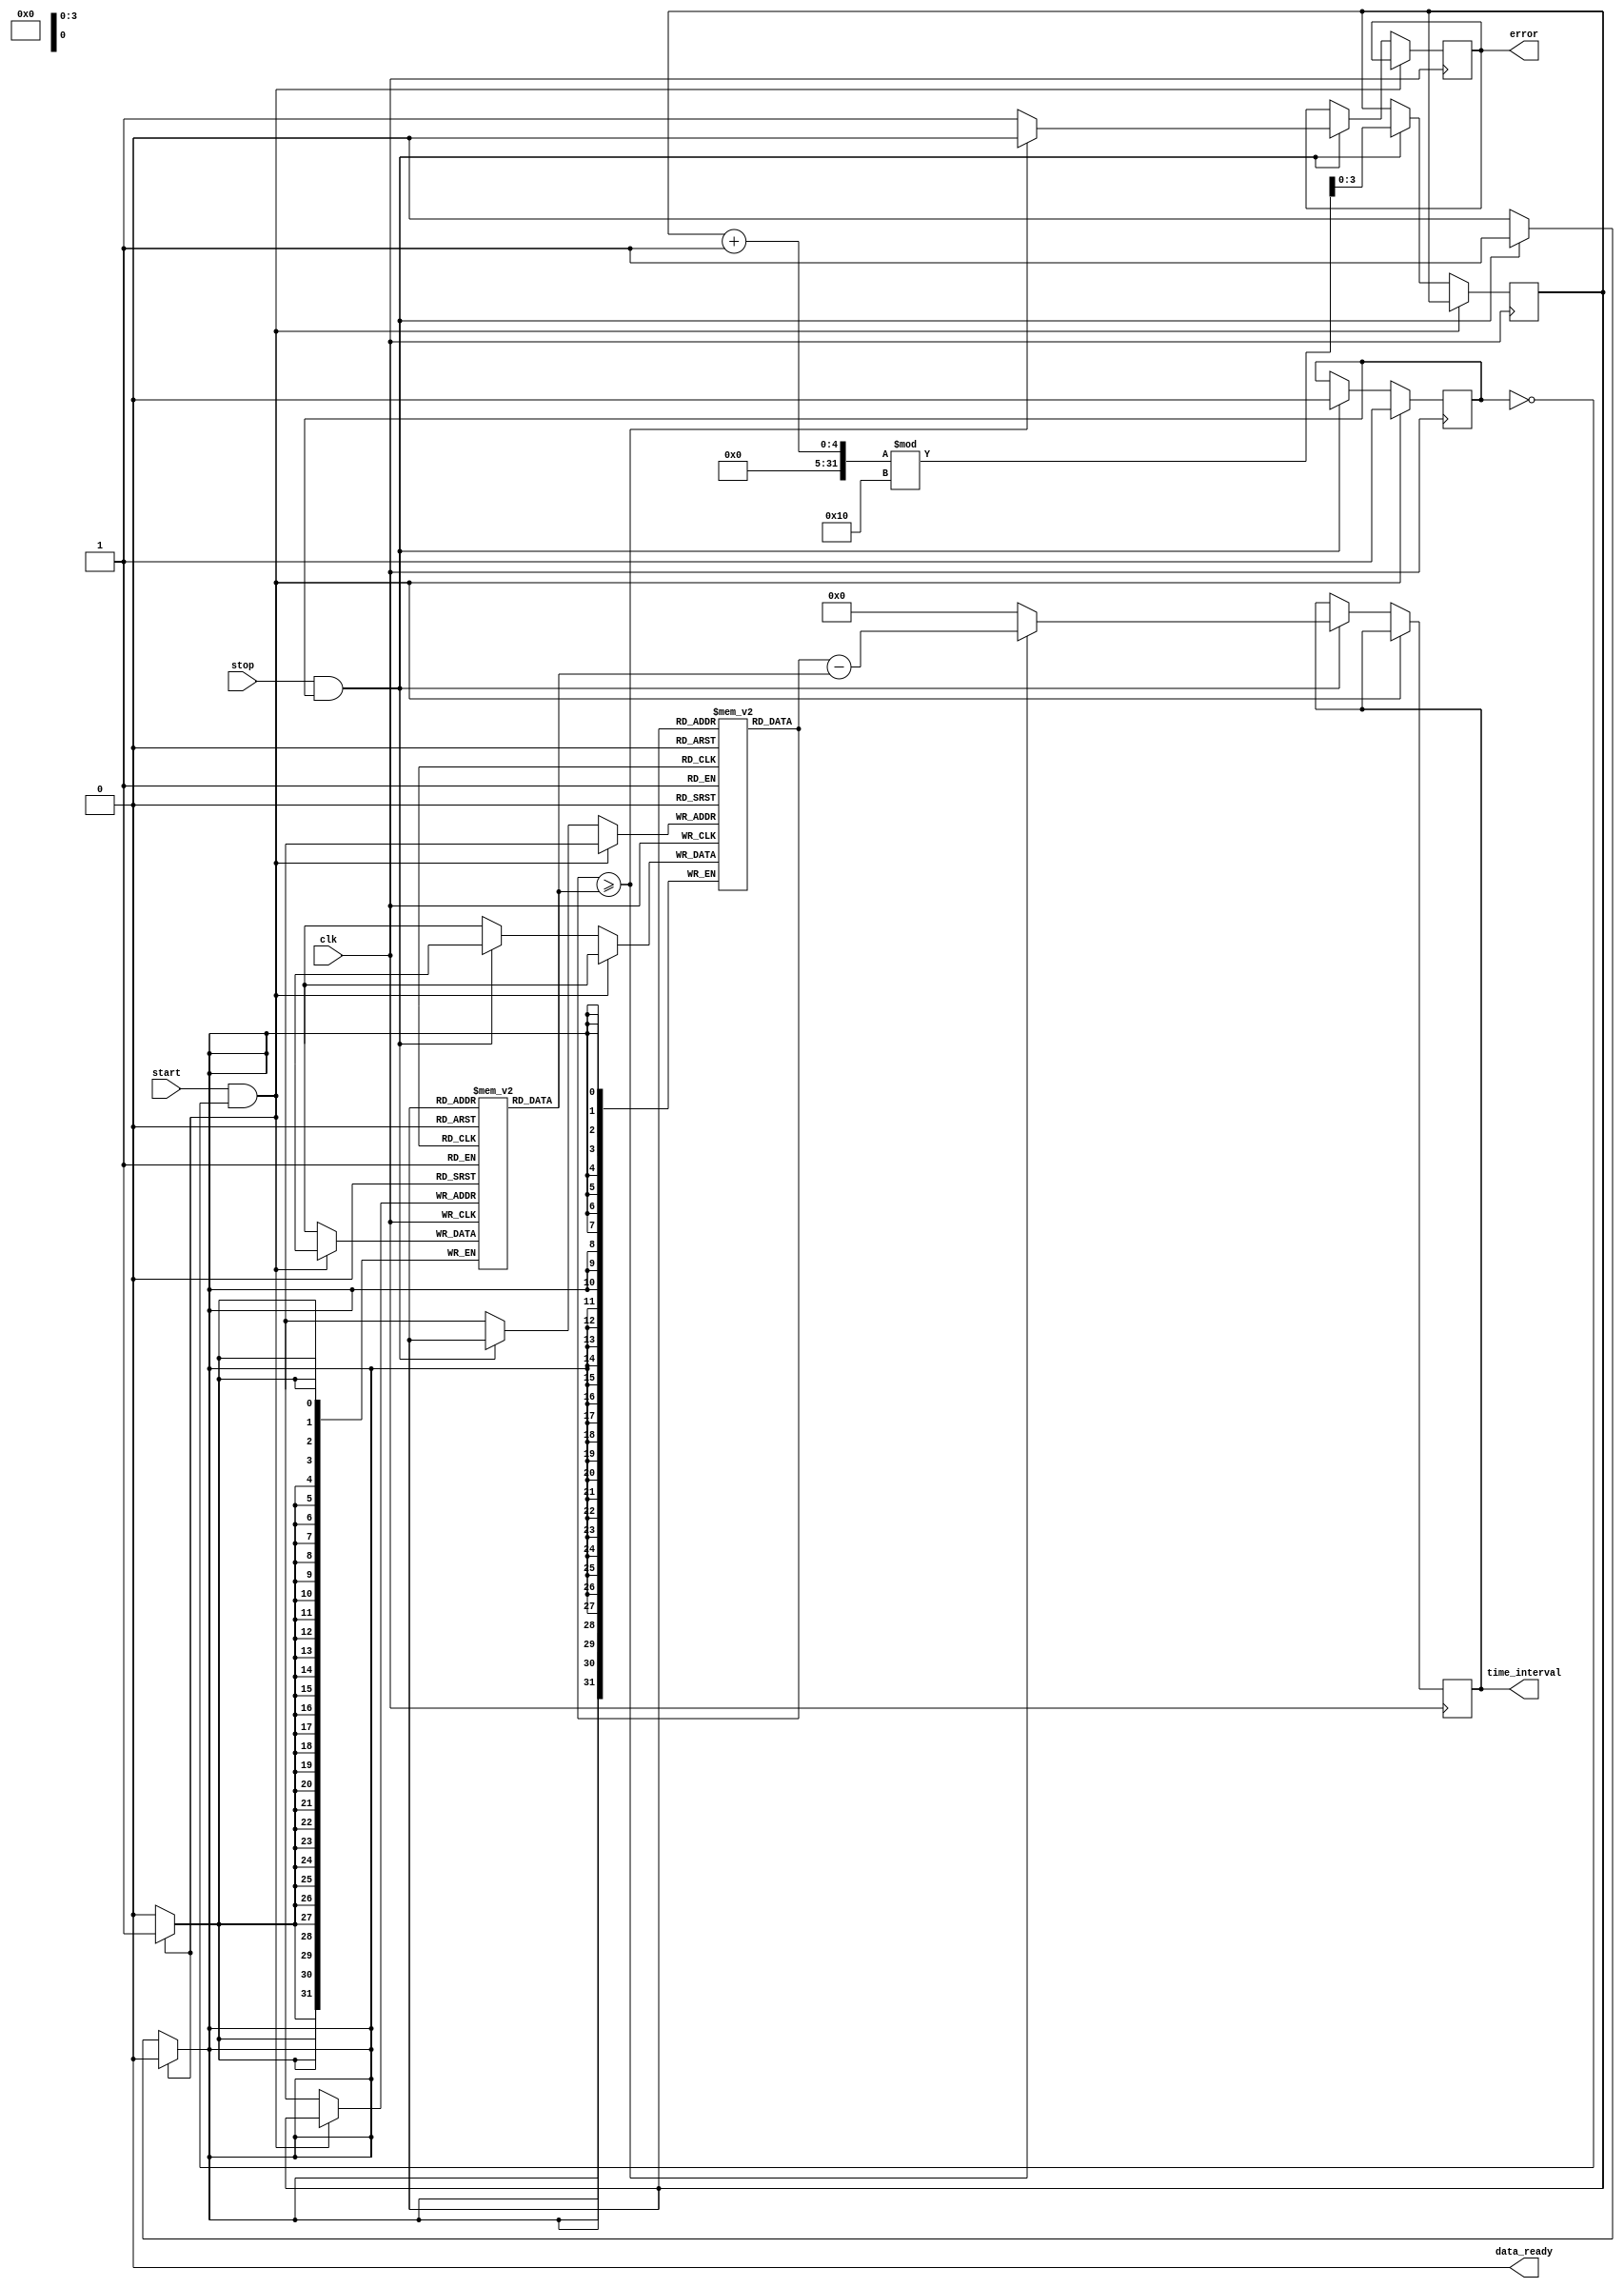
module MemoryBlocksSynchronizedTDC (
    input wire clk,               // Clock signal
    input wire start,             // Start signal
    input wire stop,              // Stop signal
    output reg [31:0] time_interval, // Output time interval
    output reg data_ready,        // Data ready signal
    output reg error              // Error signal
);

    // Parameters
    parameter MEMORY_DEPTH = 16;  // Number of memory blocks
    parameter TIMESTAMP_WIDTH = 32; // Width of timestamp

    // Memory blocks to store timestamps
    reg [TIMESTAMP_WIDTH-1:0] memory_start [0:MEMORY_DEPTH-1];
    reg [TIMESTAMP_WIDTH-1:0] memory_stop [0:MEMORY_DEPTH-1];

    // Internal state variables
    reg [3:0] write_index;         // Index for writing timestamps
    reg capturing;                 // Flag to indicate capturing state

    // Initialization
    initial begin
        write_index = 0;
        capturing = 0;
        data_ready = 0;
        error = 0;
    end

    // Main TDC logic
    always @(posedge clk) begin
        if (start && !capturing) begin
            // Start capturing timestamps
            capturing <= 1;
            memory_start[write_index] <= $time; // Capture start timestamp
        end else if (stop && capturing) begin
            // Stop capturing timestamps
            capturing <= 0;
            memory_stop[write_index] <= $time; // Capture stop timestamp

            // Calculate time interval
            if (memory_stop[write_index] >= memory_start[write_index]) begin
                time_interval <= memory_stop[write_index] - memory_start[write_index];
                data_ready <= 1; // Indicate data is ready
                error <= 0;      // No error
            end else begin
                time_interval <= 0;
                data_ready <= 0; // No valid data
                error <= 1;      // Error in measurement
            end

            // Increment write index for next measurement
            write_index <= (write_index + 1) % MEMORY_DEPTH;
        end
    end

    // Reset data_ready signal after reading
    always @(posedge clk) begin
        if (data_ready) begin
            // Reset data_ready after it has been read
            data_ready <= 0;
        end
    end

endmodule